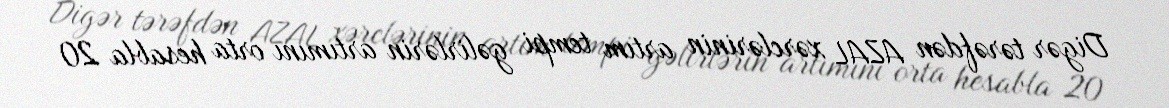
Digər tərəfdən AZAL xərclərinin artım tempi gəlirlərin artımını orta hesabla 20